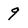
Character: 9